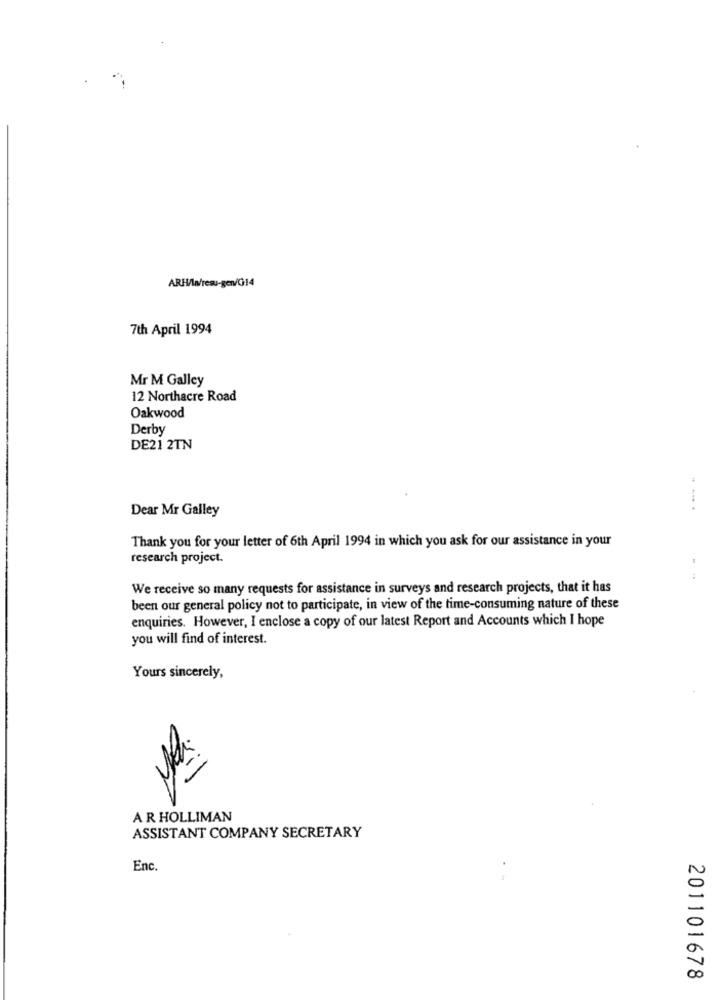
ARH/la/resu-gen/014
7th April 1994
Mr M Galley
12 Northacre Road
Oakwood
Derby
DE21 2TN
Dear Mr Galley
Thank you for your letter of 6th April 1994 in which you ask for our assistance in your
research project.
We receive so many requests for assistance in surveys and research projects, that it has
been our general policy not to participate, in view of the time-consuming nature of these
enquiries. However, I enclose a copy of our latest Report and Accounts which I hope
you will find of interest.
Yours sincerely,
AR HOLLIMAN
ASSISTANT COMPANY SECRETARY
Enc.
201101678